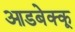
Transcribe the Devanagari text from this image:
आडबेक्कू